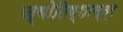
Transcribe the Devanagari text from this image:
ज्योतिष्शास्त्र